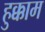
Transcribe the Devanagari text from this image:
हुक्काम